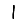
Digit: 1